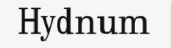
Hydnum